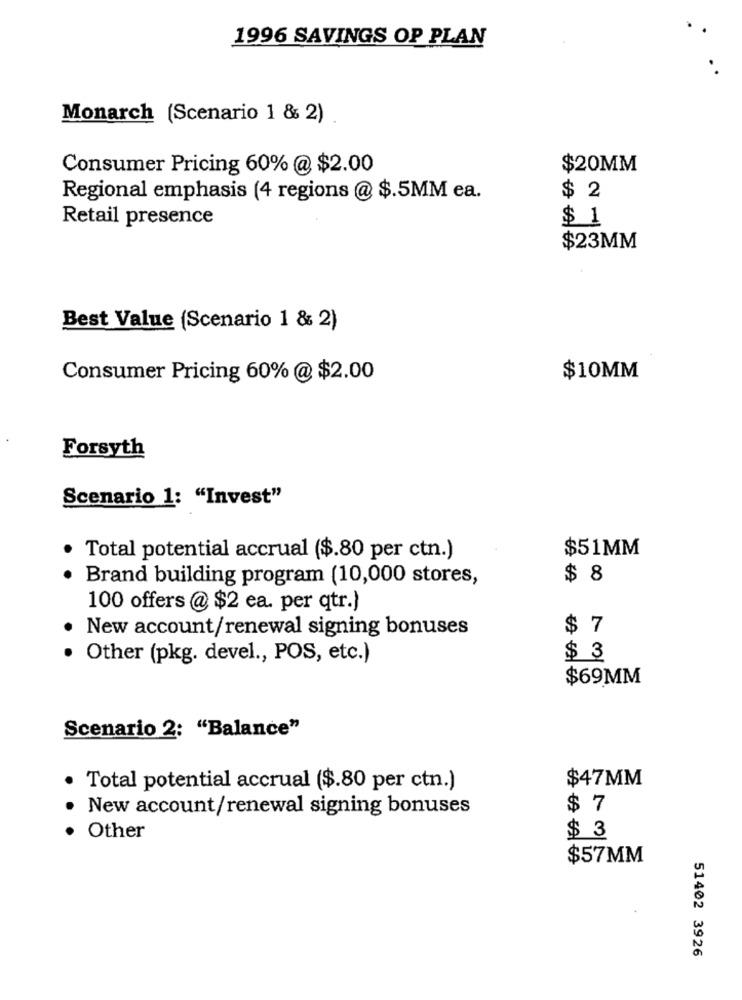
1996 SAVINGS OP PLAN
Monarch (Scenario 1 & 2)
Consumer Pricing 60% @ $2.00
$20MM
Regional emphasis (4 regions @ $.5MM ea.
$ 2
Retail presence
$ 1
$23MM
Best Value (Scenario 1 & 2)
Consumer Pricing 60% @ $2.00
$10MM
Forsyth
Scenario 1: "Invest"
$51MM
Total potential accrual ($.80 per ctn.)
Brand building program (10,000 stores,
$ 8
100 offers @ $2 ea. per qtr.)
New account/renewal signing bonuses
$ 7
Other (pkg. devel ., POS, etc.)
$ 3
$69MM
Scenario 2: "Balance"
$47MM
Total potential accrual ($.80 per ctn.)
New account/renewal signing bonuses
$ 7
· Other
$ 3
$57MM
51402 3926